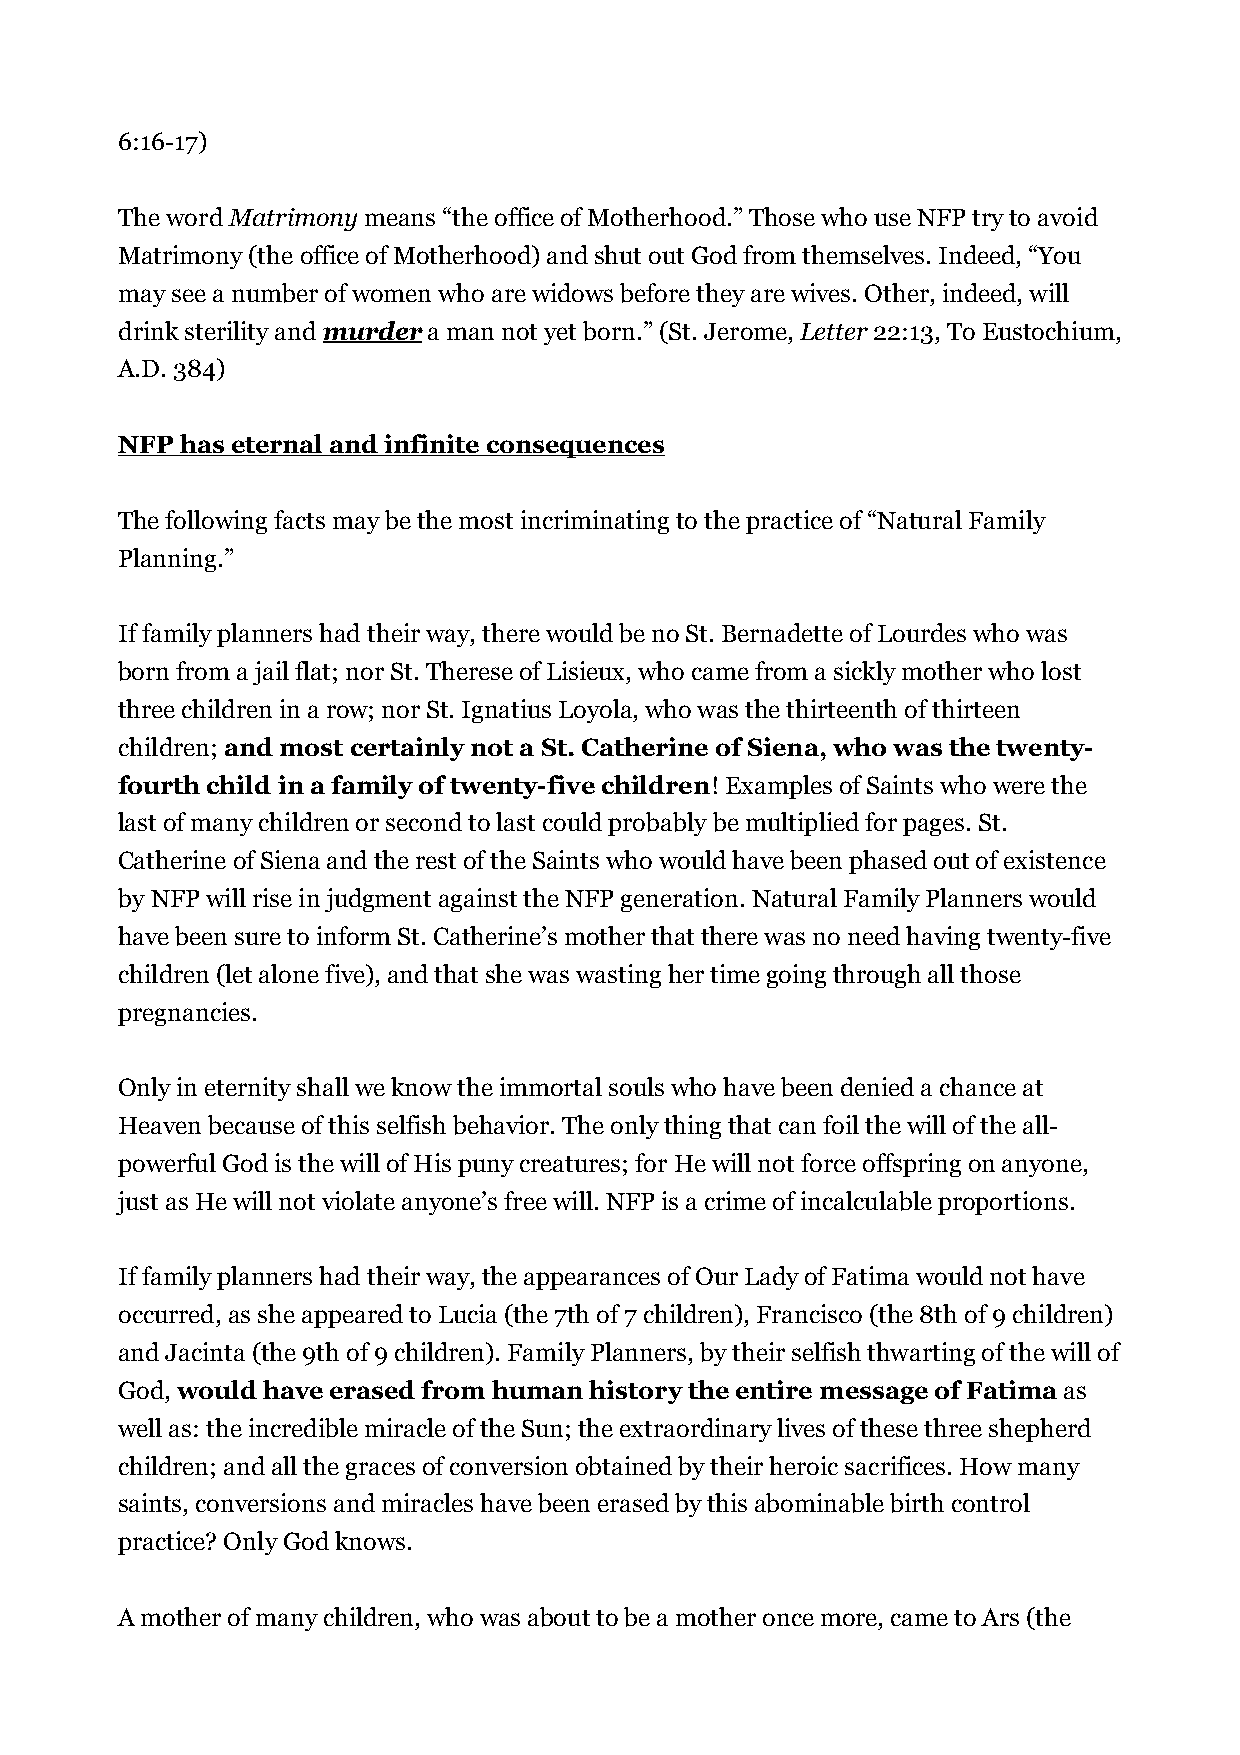
6:16-17)
 The word Matrimony means “the office of Motherhood.” Those who use NFP try to avoid
 Matrimony (the office of Motherhood) and shut out God from themselves. Indeed, “You
 may see a number of women who are widows before they are wives. Other, indeed, will
 drink sterility and murder a man not yet born.” (St. Jerome, Letter 22:13, To Eustochium,
 A.D. 384)
 NFP has eternal and infinite consequences
 The following facts may be the most incriminating to the practice of “Natural Family
 Planning.”
 If family planners had their way, there would be no St. Bernadette of Lourdes who was
 born from a jail flat; nor St. Therese of Lisieux, who came from a sickly mother who lost
 three children in a row; nor St. Ignatius Loyola, who was the thirteenth of thirteen
 children; and most certainly not a St. Catherine of Siena, who was the twenty-
 fourth child in a family of twenty-five children! Examples of Saints who were the
 last of many children or second to last could probably be multiplied for pages. St.
 Catherine of Siena and the rest of the Saints who would have been phased out of existence
 by NFP will rise in judgment against the NFP generation. Natural Family Planners would
 have been sure to inform St. Catherine’s mother that there was no need having twenty-five
 children (let alone five), and that she was wasting her time going through all those
 pregnancies.
 Only in eternity shall we know the immortal souls who have been denied a chance at
 Heaven because of this selfish behavior. The only thing that can foil the will of the all-
 powerful God is the will of His puny creatures; for He will not force offspring on anyone,
 just as He will not violate anyone’s free will. NFP is a crime of incalculable proportions.
 If family planners had their way, the appearances of Our Lady of Fatima would not have
 occurred, as she appeared to Lucia (the 7th of 7 children), Francisco (the 8th of 9 children)
 and Jacinta (the 9th of 9 children). Family Planners, by their selfish thwarting of the will of
 God, would have erased from human history the entire message of Fatima as
 well as: the incredible miracle of the Sun; the extraordinary lives of these three shepherd
 children; and all the graces of conversion obtained by their heroic sacrifices. How many
 saints, conversions and miracles have been erased by this abominable birth control
 practice? Only God knows.
 A mother of many children, who was about to be a mother once more, came to Ars (the